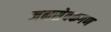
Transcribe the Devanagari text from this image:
जनसेवकगण